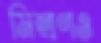
মিশ্রণও